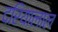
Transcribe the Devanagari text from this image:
दरियालाल